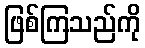
ဖြစ်ကြသည်ကို